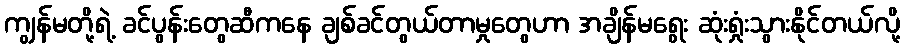
ကျွန်မတို့ရဲ့ ခင်ပွန်းတွေဆီကနေ ချစ်ခင်တွယ်တာမှုတွေဟာ အချိန်မရွေး ဆုံးရှုံးသွားနိုင်တယ်လို့